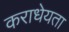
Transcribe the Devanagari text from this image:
कराधेयता